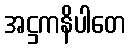
အဋ္ဌကနိပါတေ